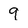
Character: 9